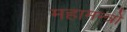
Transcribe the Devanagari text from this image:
महामन्त्रो